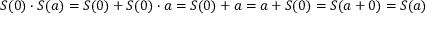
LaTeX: S ( 0 ) \cdot S ( a ) = S ( 0 ) + S ( 0 ) \cdot a = S ( 0 ) + a = a + S ( 0 ) = S ( a + 0 ) = S ( a )